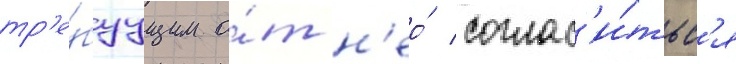
тр'е́буущим о́т н'ео́ соглас'и́тьс'я